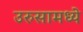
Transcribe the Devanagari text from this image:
उरुसामध्ये